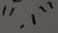
Text: "-1"